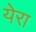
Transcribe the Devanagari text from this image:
येरा